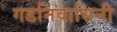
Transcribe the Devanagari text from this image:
गडनिवासिनी